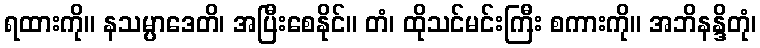
ရထားကို။ နသမ္ပာဒေတိ၊ အပြီးစေနိုင်။ တံ၊ ထိုသင်မင်းကြီး စကားကို။ အဘိနန္ဒိတုံ၊